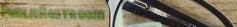
PublicRestroom